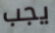
يجب